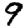
Digit: 9